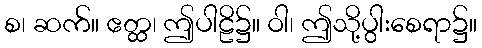
စ၊ ဆက်။ ဧတ္ထ၊ ဤပါဠိ၌။ ဝါ၊ ဤသို့ပွါးစေရာ၌။